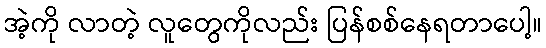
အဲ့ကို လာတဲ့ လူတွေကိုလည်း ပြန်စစ်နေရတာပေါ့။